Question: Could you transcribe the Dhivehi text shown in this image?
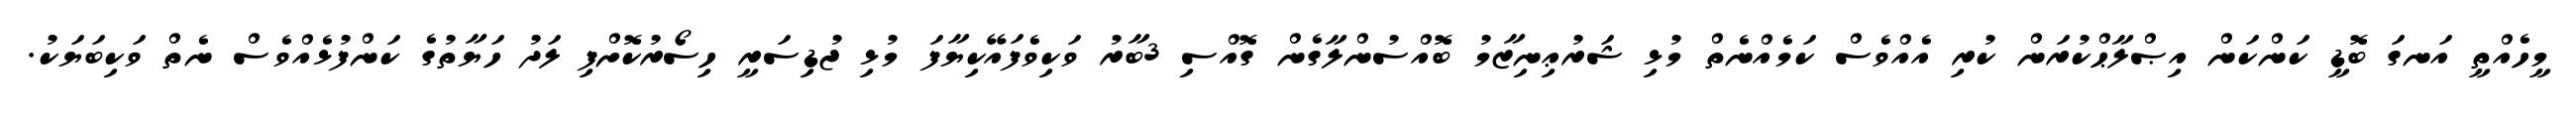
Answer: މީހެއްތީ އަނގަ ބޮޑީ ކަންކަން އިޞްލާޙްކުރަން ކުރި އެއްވެސް ކަމެއްނެތް މުޅި ޝަރުޢިނިޒާމު ބޮއްސުންލާގެން ގޮއްސި 3ބާރު ވަކިވެފައޭކިޔާފަ މުޅި ޖުޑިސަރީ ހިސޯރުކޮށްފި ލަދު ހަޔާތުގެ ކަންފުޅެއްވެސް ނެތް ވަކިބަޔަކު.